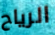
الرياح